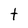
Character: t